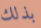
بذلك